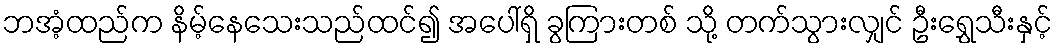
ဘအံ့ထည်က နိမ့်နေသေးသည်ထင်၍ အပေါ်ရှိ ခွကြားတစ် သို့ တက်သွားလျှင် ဦးရွှေသီးနှင့်